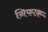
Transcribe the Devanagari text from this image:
निफाक़